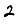
Digit: 2